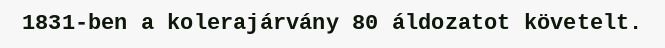
1831-ben a kolerajárvány 80 áldozatot követelt.